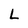
Character: L